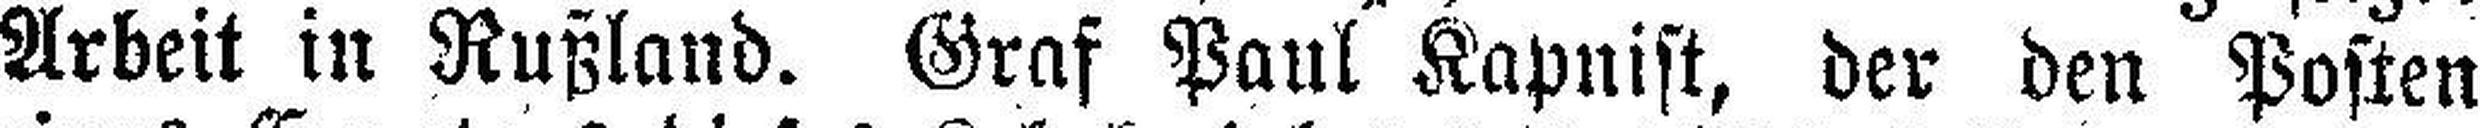
Arbeit in Rußland. Graf Paul Kapnist, der den Posten